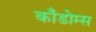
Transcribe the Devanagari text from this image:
काँडोम्स